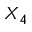
X _ { 4 }